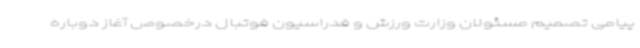
پیامی تصمیم مسئولان وزارت ورزش و فدراسیون فوتبال درخصوص آغاز دوباره